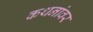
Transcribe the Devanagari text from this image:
कथनांवर